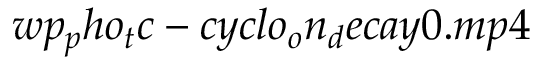
w p _ { p } h o _ { t } c - c y c l o _ { o } n _ { d } e c a y 0 . m p 4